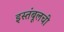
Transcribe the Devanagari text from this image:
इस्तंबूलची